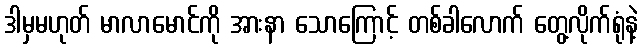
ဒါမှမဟုတ် မာလာမောင်ကို အားနာ သောကြောင့် တစ်ခါလောက် တွေ့လိုက်ရုံနဲ့